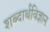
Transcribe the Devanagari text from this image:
शब्दार्थविज्ञान